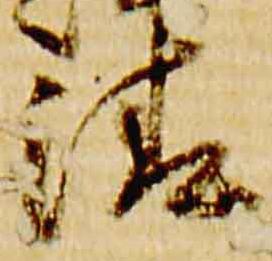
清